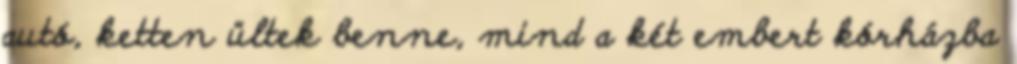
autó, ketten ültek benne, mind a két embert kórházba